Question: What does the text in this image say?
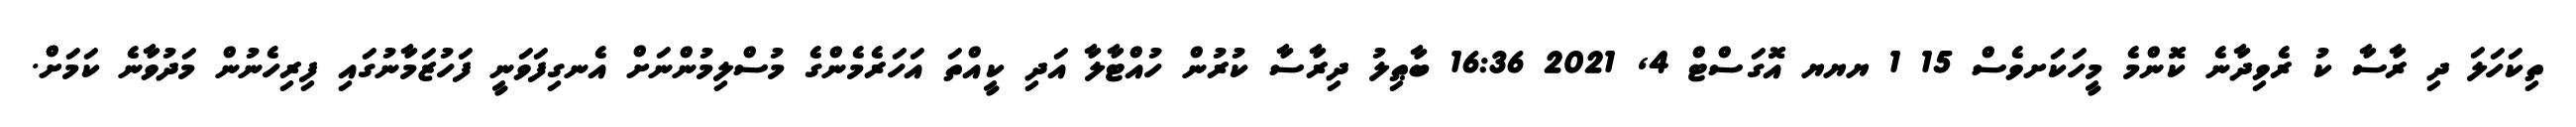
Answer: ތިކަހަލަ ދި ރާސާ ކު ރެވިދާނެ ކޮންމެ މީހަކަށވެސް 15 1 ޔޔޔ އޮގަސްޓް 4, 2021 16:36 ބާޠިލު ދިރާސާ ކުރުން ހުއްޓާލާ އަދި ކީއްތަ އަހަރެމެންގެ މުސްލިމުންނަށް އެނގިފަވަނީ ފަހުޒަމާނުގައި ފިރިހެނުން މަދުވާނެ ކަމަށް.